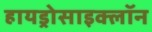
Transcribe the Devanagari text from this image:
हायड्रोसाइक्लॉन